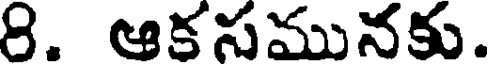
8. ఆకసమునకు.